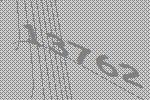
13762